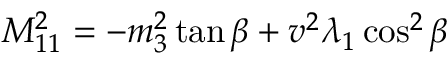
M _ { 1 1 } ^ { 2 } = - m _ { 3 } ^ { 2 } \tan \beta + v ^ { 2 } \lambda _ { 1 } \cos ^ { 2 } \beta